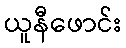
ယူနီဖောင်း